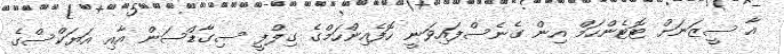
އާ ސީޒަނަށް ޓޮޓެންހަމް އިން ގެނެސްފައިވަނީ ހޮފެއިންހަމްގެ ގިލްފީ ސިގާޑްސަން އާއި އަޔަކްސްގެ